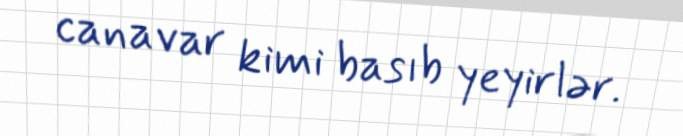
canavar kimi basıb yeyirlər.